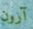
آرون